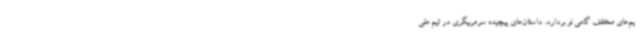
یم‌های مختلف گامی نو بردارد. داستان‌های پیچیده سرمربیگری در تیم ملی